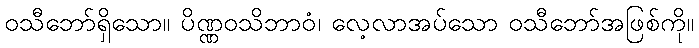
ဝသီဘော်ရှိသော။ ပိဏ္ဏဝသိဘာဝံ၊ လေ့လာအပ်သော ဝသီဘော်အဖြစ်ကို။